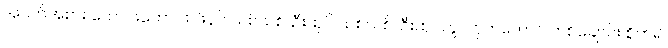
အဝတ်အစား ကောင်းကောင်း၊ ဖိနပ် သစ်သစ်၊ ဦးထုပ် သစ်သစ်၊ ဦးထုပ်တွင် ငှက်တောင် တစ်ချောင်း စိုက်၍